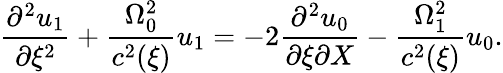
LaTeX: \frac{\partial^{2}u_{1}}{\partial\xi^{2}}+\frac{\Omega_{0}^{2}}{c^{2}(\xi)}u_{1}=-2\frac{\partial^{2}u_{0}}{\partial\xi\partial X}-\frac{\Omega_{1}^{2}}{c^{2}(\xi)}u_{0}.